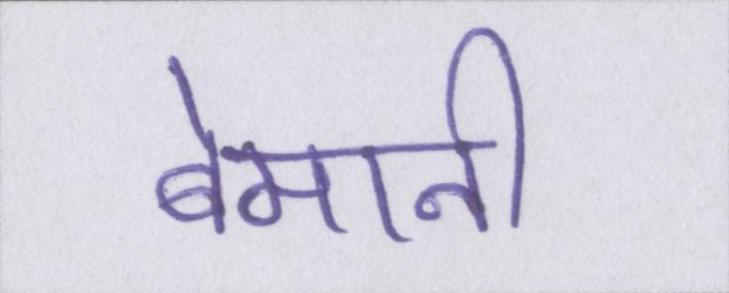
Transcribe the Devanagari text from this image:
बेमानी